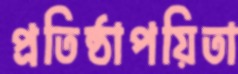
প্রতিষ্ঠাপয়িতা